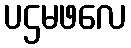
ပဌမဖလေ